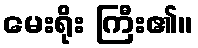
မေးရိုး ကြီး၏။